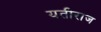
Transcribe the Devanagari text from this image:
यतीराज